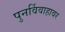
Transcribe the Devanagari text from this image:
पुनर्विवाहावर